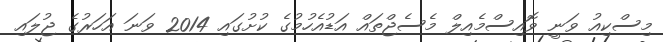
މިސްކިއު ވަނީ ވޮއިސްމެއިލް މެސެޖްތައް އަޑުއެހުމުގެ ކުށުގައި 2014 ވަނަ އަހަރުގެ ޖުލައި